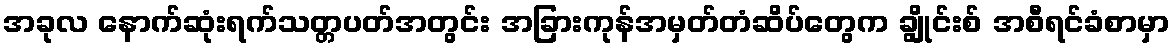
အခုလ နောက်ဆုံးရက်သတ္တပတ်အတွင်း အခြားကုန်အမှတ်တံဆိပ်တွေက ချွိုင်းစ် အစီရင်ခံစာမှာ